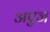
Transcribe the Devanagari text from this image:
अएज